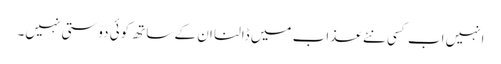
انہیں اب کسی نئے عذاب میں ڈالنا ان کے ساتھ کوئی دوستی نہیں۔